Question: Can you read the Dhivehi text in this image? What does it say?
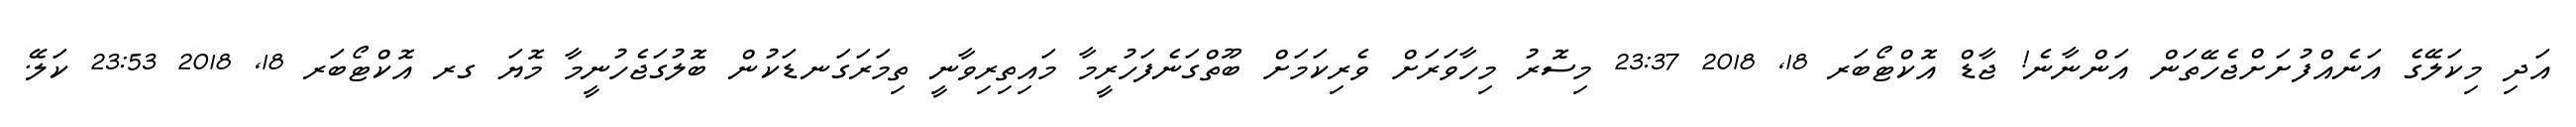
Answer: އަދި މިކަލޭގެ އަނެއްފުށަށްޖެހޭތަން އަންނާނެ! ޖާޑް އޮކްޓޯބަރ 18, 2018 23:37 މިސޮރު މިހާވަރަށް ވެރިކަމަށް ބޫތްގަނެފަހުރީމާ މައިތިރިވާނީ ތިމަރަގަނޑަކުން ބޮލުގަޖެހުނީމާ މޮޔަ ގރ އޮކްޓޯބަރ 18, 2018 23:53 ކަލޭ.